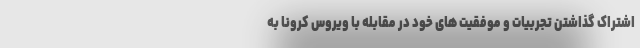
اشتراک گذاشتن تجربیات و موفقیت های خود در مقابله با ویروس کرونا به